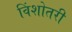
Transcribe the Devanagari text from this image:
विंशोतरी